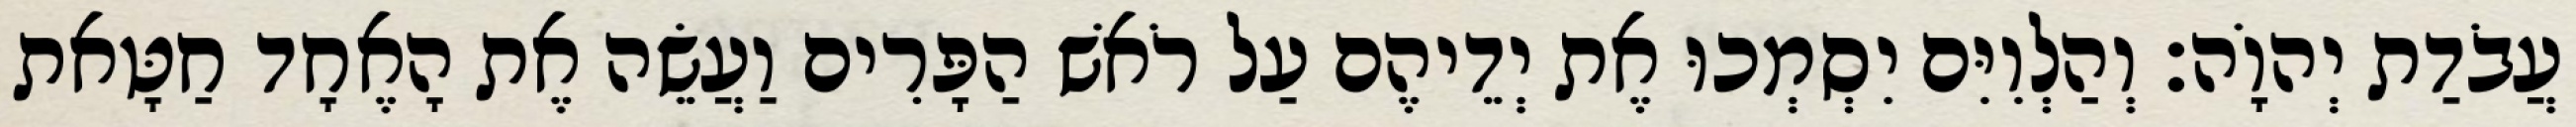
עֲבֹדַת יְהוָֹה׃ וְהַלְוִיִּם יִסְמְכוּ אֶת יְדֵיהֶם עַל רֹאשׁ הַפָּרִים וַעֲשֵׂה אֶת הָאֶחָד חַטָּאת